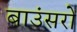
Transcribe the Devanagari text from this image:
बाउंसरों